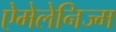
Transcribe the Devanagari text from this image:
ऐमेलेनिज्म